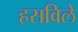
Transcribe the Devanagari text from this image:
हसविले